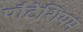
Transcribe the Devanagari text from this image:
पौटेशियम